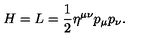
H = L = \frac { 1 } { 2 } \eta ^ { \mu \nu } p _ { \mu } p _ { \nu } .